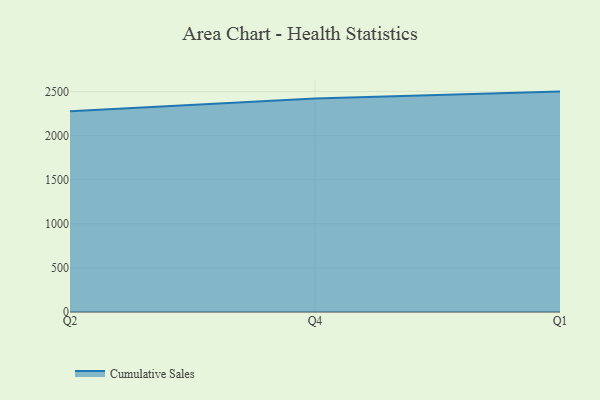
{"axis": {"x": "Quarter", "y": "Waste Production (Tons)"}, "legend": ["Cumulative Sales"], "data": [{"x": "Q2", "y": 2275.5, "type": "Cumulative Sales"}, {"x": "Q4", "y": 2421.4, "type": "Cumulative Sales"}, {"x": "Q1", "y": 2498.7, "type": "Cumulative Sales"}]}